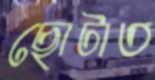
ছোটাত